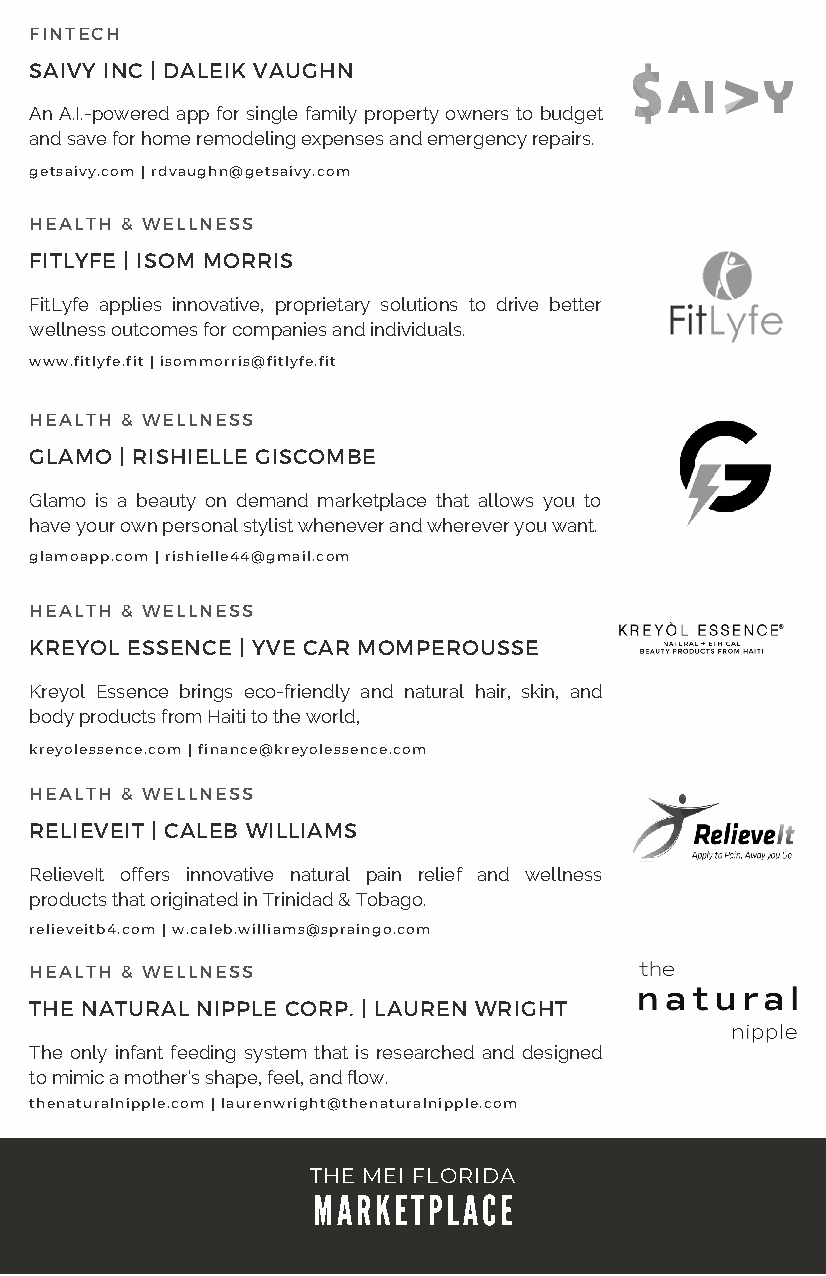
FINTECH
 SAIVY INC | DALEIK VAUGHN
 An A.I.-powered app for single family property owners to budget
 and save for home remodeling expenses and emergency repairs.
 getsaivy.com | rdvaughn@getsaivy.com
 HEALTH & WELLNESS
 FITLYFE | ISOM MORRIS
 FitLyfe applies innovative, proprietary solutions to drive better
 wellness outcomes for companies and individuals.
 www.fitlyfe.fit | isommorris@fitlyfe.fit
 HEALTH & WELLNESS
 GLAMO | RISHIELLE GISCOMBE
 Glamo is a beauty on demand marketplace that allows you to
 have your own personal stylist whenever and wherever you want.
 glamoapp.com | rishielle44@gmail.com
 HEALTH & WELLNESS
 KREYOL ESSENCE | YVE CAR MOMPEROUSSE
 Kreyol Essence brings eco-friendly and natural hair, skin, and
 body products from Haiti to the world,
 kreyolessence.com | finance@kreyolessence.com
 HEALTH & WELLNESS
 RELIEVEIT | CALEB WILLIAMS
 RelieveIt offers innovative natural pain relief and wellness
 products that originated in Trinidad & Tobago.
 relieveitb4.com | w.caleb.williams@spraingo.com
 HEALTH & WELLNESS
 THE NATURAL NIPPLE CORP. | LAUREN WRIGHT
 The only infant feeding system that is researched and designed
 to mimic a mother’s shape, feel, and flow.
 thenaturalnipple.com | laurenwright@thenaturalnipple.com
 THE MEI FLORIDA
 TMHAE RMKEEI TFLPOLRAIDCAE
 MARKETPLACE